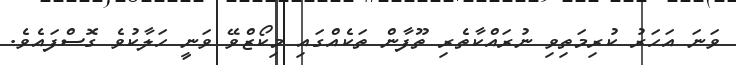
ވަނަ އަހަރު ކުރިމަތިވި ނުރައްކާތެރި ތޫފާން ތަކެއްގައި މިކޯޒްވޭ ވަނީ ހަލާކުވެ ގޮސްފައެވެ.